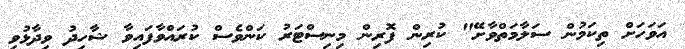
އަވަހަށް ތިކަމުން ސަލާމަތްވާށޭ" ކުރިން ފޮރިން މިނިސްޓަރު ކަންވެސް ކުރައްވާފައިވާ ޝާހިދު ވިދާޅުވި